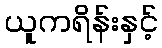
ယူကရိန်းနှင့်